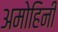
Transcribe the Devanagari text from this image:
अमोहिनी